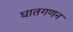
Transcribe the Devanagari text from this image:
घातगणन